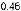
0.46